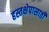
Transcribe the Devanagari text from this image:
हस्तक्षेपासाठी